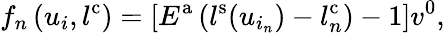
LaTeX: f_{n}\left(u_{i},l^{\mathrm{c}}\right)=\left[E^{\mathrm{a}}\left(l^{\mathrm{s}}(u_{i_{n}})-l_{n}^{\mathrm{c}}\right)-1\right]v^{\mathrm{0}},